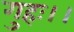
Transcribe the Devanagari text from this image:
गुहः।।